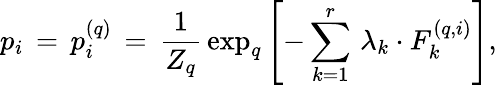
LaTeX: p_{i}\, =\, p_{i}^{(q)}\, =\, \frac{1}{Z_{q}}\, \exp_{q}\left[-\sum_{k=1}^{r}\, \lambda_{k}\cdot F_{k}^{(q,i)}\right],